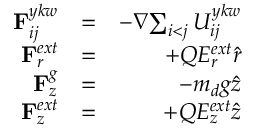
\begin{array} { r l r } { { { \bf { F } } _ { i j } ^ { y k w } } } & { = } & { - { \nabla } { \sum _ { \substack { i < j } } { { { U } } _ { i j } ^ { y k w } } } } \\ { { { \bf { F } } _ { r } ^ { e x t } } } & { = } & { + { Q } { E _ { r } ^ { e x t } } { \hat { r } } } \\ { { { \bf { F } } _ { z } ^ { g } } } & { = } & { - { { m _ { d } } g { \hat { z } } } } \\ { { { \bf { F } } _ { z } ^ { e x t } } } & { = } & { + { Q } { E _ { z } ^ { e x t } } { \hat { z } } } \end{array}